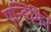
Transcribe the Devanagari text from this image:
एन्हिंगिने